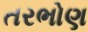
તરભોણ